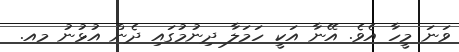
ވަނަ މީހާ އެވެ. އޭނާ އަކީ ހަމަލާ ދިނުމުގައި ދެން އުޅުނު މއ.